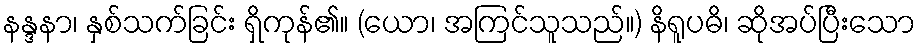
နန္ဒနာ၊ နှစ်သက်ခြင်း ရှိကုန်၏။ (ယော၊ အကြင်သူသည်။) နိရူပဓိ၊ ဆိုအပ်ပြီးသော